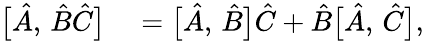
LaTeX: \begin{array}{rl}{\bigl[\hat{A},\, \hat{B}\hat{C}\bigr]}&{{}=\bigl[\hat{A},\, \hat{B}\bigr]\hat{C}+\hat{B}\bigl[\hat{A},\, \hat{C}\bigr],}\end{array}